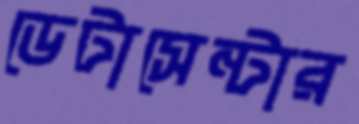
ডেটাসেন্টার